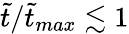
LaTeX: \tilde{t}/\tilde{t}_{max}\lesssim 1